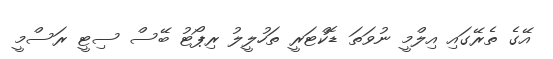
އޭގެ ތެރޭގައި އިލްމީ ނުވަތަ ޑޮކްޓަރީ ތަހުލީލު ރިޕޯޓު ބޭސް ސިޓީ ރަސްމީ